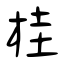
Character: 桂